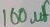
Text: 100µF